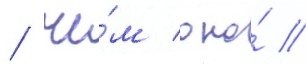
/ че́м оно́ //